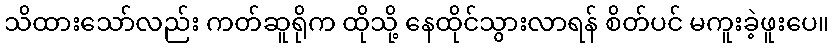
သိထားသော်လည်း ကတ်ဆူရိုက ထိုသို့ နေထိုင်သွားလာရန် စိတ်ပင် မကူးခဲ့ဖူးပေ။